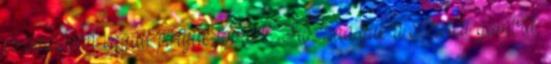
és óvatosan együtt pirítjuk tovább. Hozzáadjuk a szeletelt gombát,